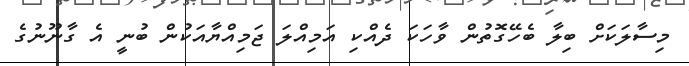
މިސާލަކަށް ބިލާ ބެހޭގޮތުން ވާހަކަ ދެއްކި އަމިއްލަ ޖަމިއްޔާއަކުން ބުނީ އެ ގާނޫނުގެ